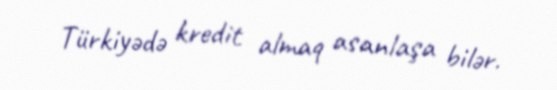
Türkiyədə kredit almaq asanlaşa bilər.